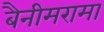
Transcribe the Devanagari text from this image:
बैनीमरामा